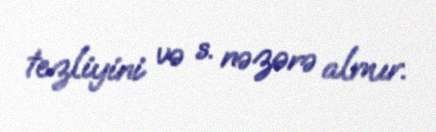
tezliyini və s. nəzərə almır.